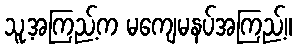
သူ့အကြည့်က မကျေမနပ်အကြည့်။